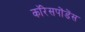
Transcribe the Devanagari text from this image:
कॉरेसपोंडेंस